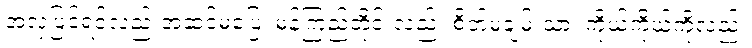
အလှပြင်ရင်လည်းအဆင်မပြေ၊ မှန်ကြည့်တိုင်းလည်း စိတ်မချမ်းသာ၊ ကိုယ့်ကိုယ်ကိုလည်း